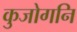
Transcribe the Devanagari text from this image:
कुजोगनि